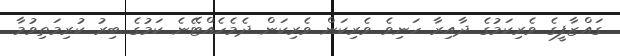
ގައްޒާފީގެ ވެރިކަމުގެ ދާއިރާ ހަނިވެ ވެރިކަން ވެރިކަން ދެމެހެއްޓޭނެ ކަމުގެ ބިރު ކުރިމަތިވުމާ